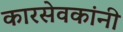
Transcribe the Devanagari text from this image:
कारसेवकांनी